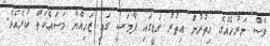
ވެސް ނަރުހެއްގެ އިތުރުން އިތުރު ގަޑީގައި ފާމަސީ ގައި ޒަހިއްޔާ މަސައްކަތް ކުރެއެވެ.